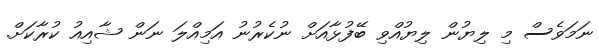
ނަމަވެސް މި ލިޔުން ލިޔުއްވި ބޭފުޅާއަށް ނުކެރުނު އަމިއްލަ ނަން ޝާއިއު ކުރާކަށް.